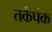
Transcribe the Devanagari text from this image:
तर्कपंक